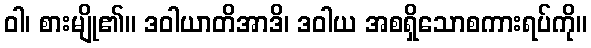
ဝါ၊ စားမျို၏။ ဒဝါယာတိအာဒိ၊ ဒဝါယ အစရှိသောစကားရပ်ကို။